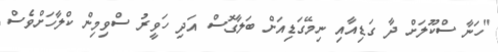
"ހަނާ ސްކޫލަށް ދާ ގަޑިއާއި ނިމޭގަޑިއަށް ބަލާގޮސް އަދި ހަވީރު ސްވިމިން ކްލާހަށްވެސް